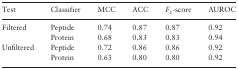
<table><thead><tr><td><b>Test</b></td><td><b>Classifier</b></td><td><b>MCC</b></td><td><b>ACC</b></td><td><b><i>F</i><sub>1</sub>-score</b></td><td><b>AUROC</b></td></tr></thead><tbody><tr><td>Filtered</td><td>Peptide</td><td>0.74</td><td>0.87</td><td>0.87</td><td>0.92</td></tr><tr><td>[EMPTY_CELL]</td><td>Protein</td><td>0.68</td><td>0.83</td><td>0.83</td><td>0.94</td></tr><tr><td>Unfiltered</td><td>Peptide</td><td>0.72</td><td>0.86</td><td>0.86</td><td>0.92</td></tr><tr><td>[EMPTY_CELL]</td><td>Protein</td><td>0.63</td><td>0.80</td><td>0.80</td><td>0.92</td></tr></tbody></table>